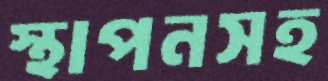
স্থাপনসহ